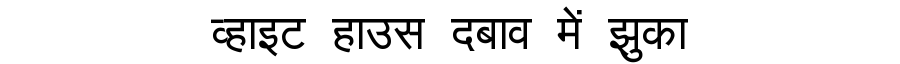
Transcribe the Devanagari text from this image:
व्हाइट हाउस दबाव में झुका